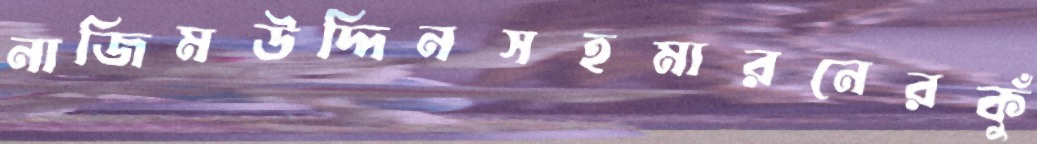
নাজিমউদ্দিনসহমারনেরকুঁ